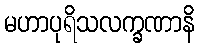
မဟာပုရိသလက္ခဏာနိ